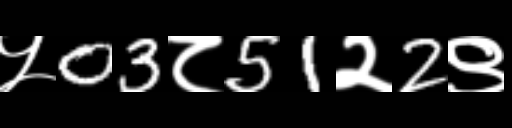
Text: ५03८51२2९